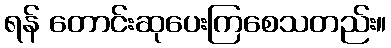
ရန် တောင်းဆုပေးကြစေသတည်း။